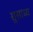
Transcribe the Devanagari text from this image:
सुसाध्‍य